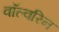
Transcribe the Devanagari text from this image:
वॉल्वरिन